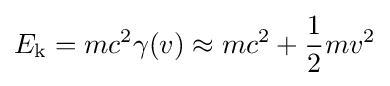
E_{\text{k}}=mc^{2}\gamma (v)\approx mc^{2}+{\frac {1}{2}}mv^{2}